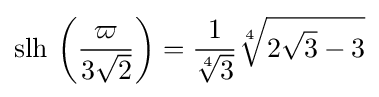
\operatorname {slh} \,\left({\frac {\varpi }{3{\sqrt {2}}}}\right)={\frac {1}{\sqrt[{4}]{3}}}{\sqrt[{4}]{2{\sqrt {3}}-3}}